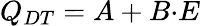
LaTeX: Q_{DT}=A+B{\cdot}E